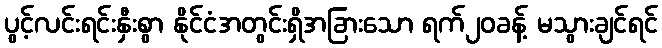
ပွင့်လင်းရင်းနှီးစွာ နိုင်ငံအတွင်းရှိအခြားသော ရက်၂၀ခန့် မသွားချင်ရင်